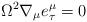
LaTeX: \begin{align*}\Omega^{2} \nabla_{\mu}e^{\mu}_{\tau} = 0\end{align*}